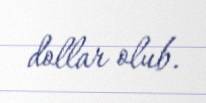
dollar olub.